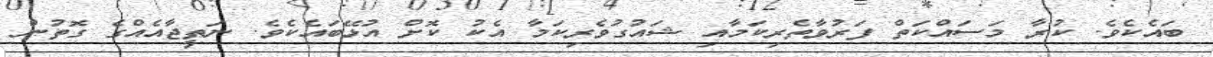
ބައެކެވެ. ކުރާ މަސައްކަތް ފަރުވާތެރިކަމާއި ޝައުގުވެރިކަމާ އެކު ކޮށް އުޅޭބައެކެވެ. ނަތީޖާއެއްގެ ގޮތުން